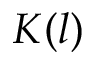
K ( l )